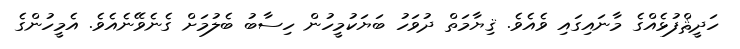
ހަދީޘްފުޅެއްގެ މާނައިގައި ވެއެވެ. ޤިޔާމަތް ދުވަހު ބަޔަކުމީހުން ހިސާބު ބެލުމަށް ގެނެވޭނެއެވެ. އެމީހުންގެ